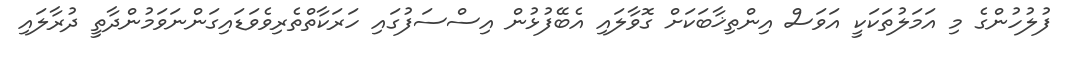
ފުލުހުންގެ މި އަމަލުތަކަކީ އަވަސް އިންތިޚާބަކަށް ގޮވާލައި އެބޭފުޅުން އިސްސަފުގައި ހަރަކާތްތެރިވެވަޑައިގަންނަވަމުންދާތީ ދުރާލައި